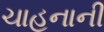
ચાહનાની